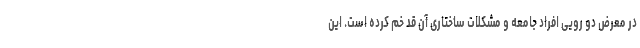
در معرض دو رویی افراد جامعه و مشکلات ساختاری آن قد خم کرده است. این